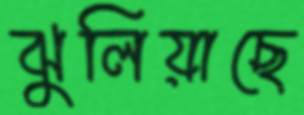
ঝুলিয়াছে